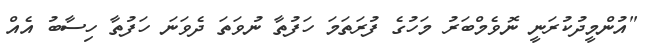
"އުންމީދުކުރަނީ ނޮވެމްބަރު މަހުގެ ފުރަތަމަ ހަފުތާ ނުވަތަ ދެވަނަ ހަފުތާ ހިސާބު އެއް